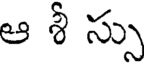
ఆ శీ స్సు